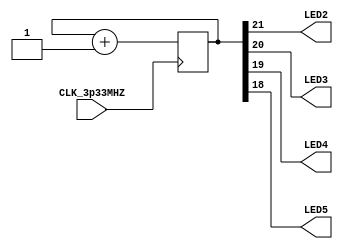
module led_counter(
	input CLK_3p33MHZ,
	output LED2,
	output LED3,
	output LED4,
	output LED5
);
	reg [21:0] counter;

	always @ (posedge CLK_3p33MHZ)
		begin
			counter = counter + 22'd1;
		end

	assign {LED2, LED3, LED4, LED5} = counter[21:18];
endmodule